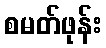
စမတ်ဖုန်း